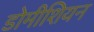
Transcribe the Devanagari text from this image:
डोमीशियन